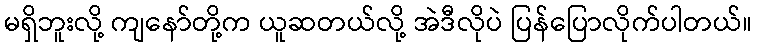
မရှိဘူးလို့ ကျနော်တို့က ယူဆတယ်လို့ အဲဒီလိုပဲ ပြန်ပြောလိုက်ပါတယ်။